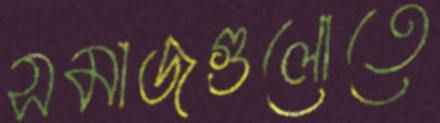
সমাজগুলোতে